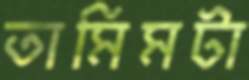
তামিমটা